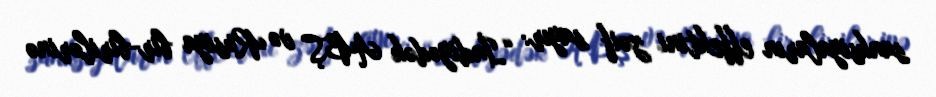
sanksiyaların effektini zəif sayır: “İndiyədək ABŞ və Rusiya bir-birilərinə